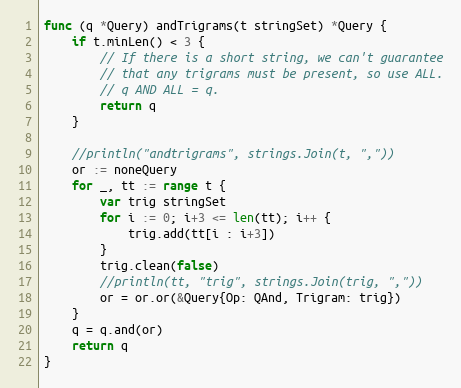
Language: Go
func (q *Query) andTrigrams(t stringSet) *Query {
	if t.minLen() < 3 {
		// If there is a short string, we can't guarantee
		// that any trigrams must be present, so use ALL.
		// q AND ALL = q.
		return q
	}

	//println("andtrigrams", strings.Join(t, ","))
	or := noneQuery
	for _, tt := range t {
		var trig stringSet
		for i := 0; i+3 <= len(tt); i++ {
			trig.add(tt[i : i+3])
		}
		trig.clean(false)
		//println(tt, "trig", strings.Join(trig, ","))
		or = or.or(&Query{Op: QAnd, Trigram: trig})
	}
	q = q.and(or)
	return q
}